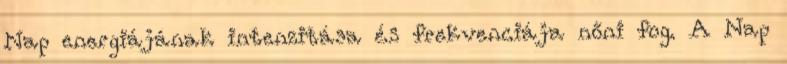
Nap energiájának intenzitása és frekvenciája nőni fog. A Nap